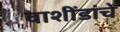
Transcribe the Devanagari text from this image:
वाशींडांचे